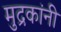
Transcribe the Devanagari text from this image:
मुद्रकांनी